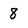
Character: 8